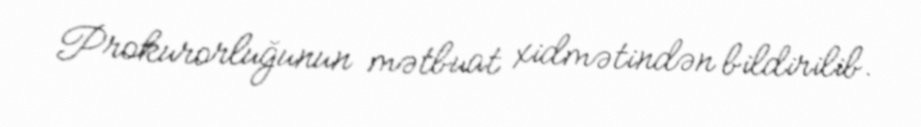
Prokurorluğunun mətbuat xidmətindən bildirilib.